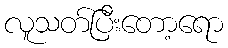
လူသတ်ပြီးတော့ရော